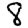
Digit: 8